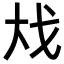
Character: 𪥅